Madras plague regulations in force outside the Presidency town - Volume 5
Disease focus: Plague
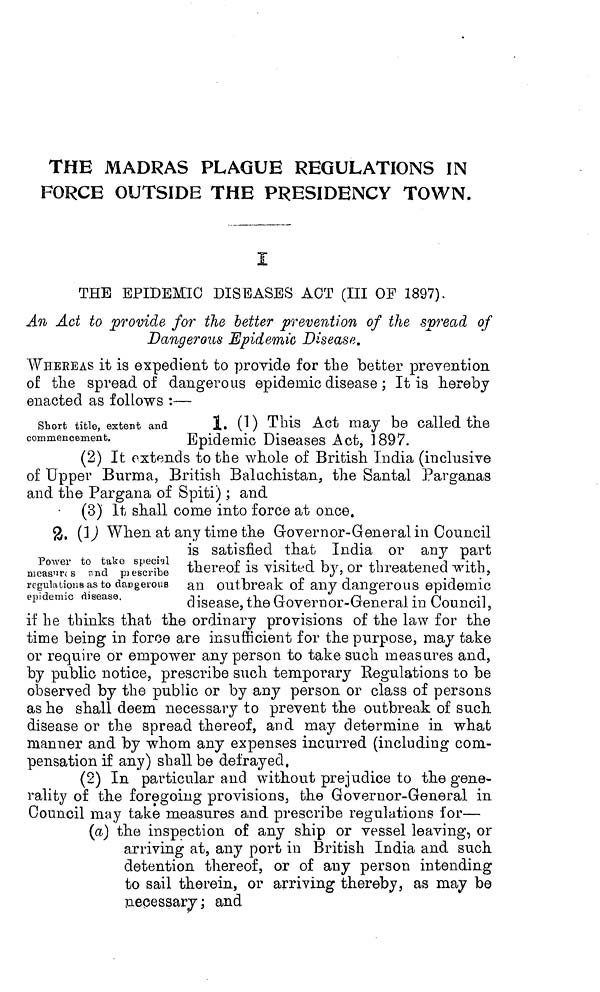
THE MADRAS PLAQUE REGULATIONS IN
FORCE OUTSIDE THE PRESIDENCY TOWN.
I
THE EPIDEMIC DISEASES ACT (III OP 1897).
An Act to provide for the better prevention of the spread of
Dangerous Epidemic Disease.
WHEREAS it is expedient to provide for the better prevention
of the spread of dangerous epidemic disease ; It is hereby
enacted as follows :—
Short title, extent and
commencement.
1. (1) This Act may be called the
Epidemic Diseases Act, 1897.
(2) It extends to the whole of British India (inclusive
of Upper Burma, British Baluchistan, the Santal Parganas
and the Pargarna of Spiti) ; and
(3) It shall come into force at once.
Power to take special
neasures
and
prescribe
regulations as to dangerous
epidemic disease.
2. (1) When at any time the Governor-General in Council
is satisfied that India or any part
thereof is visited by, or threatened with,
an outbreak of any dangerous epidemic
disease, the Governor-General in Council,
if he thinks that the ordinary provisions of the law for the
time being in force are insufficient for the purpose, may take
or require or empower any person to take such measures and,
by public notice, prescribe such temporary Regulations to be
observed by the public or by any person or class of persons
as he shall deem necessary to prevent the outbreak of such
disease or the spread thereof, and may determine in what
manner and by whom any expenses incurred (including com-
pensation if any) shall be defrayed.
(2) In particular and without prejudice to the gene-
rality of the foregoing provisions, the Governor-General in
Council may take measures and prescribe regulations for—
(a) the inspection of any ship or vessel leaving, or
arriving at, any port in British India and such
detention thereof, or of any person intending
to sail therein, or arriving thereby, as may be
necessary; and